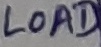
Text: LOAD